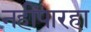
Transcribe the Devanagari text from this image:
नहींपारहा